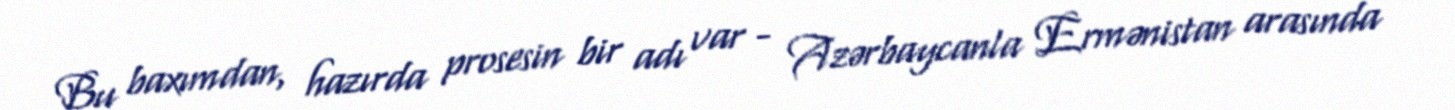
Bu baxımdan, hazırda prosesin bir adı var - Azərbaycanla Ermənistan arasında